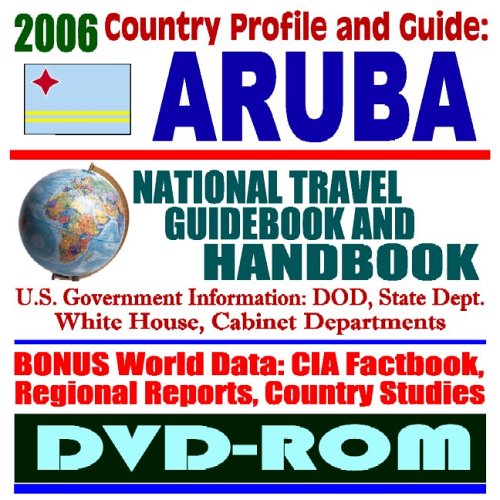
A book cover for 2006 Country Profile and Guide to Aruba - National Travel Guidebook and Handbook (DVD-ROM); U.S. Government; Travel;